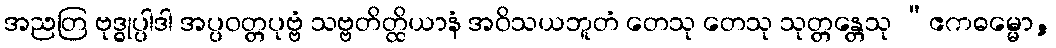
အညတြ ဗုဒ္ဓုပ္ပါဒါ အပ္ပဝတ္တပုဗ္ဗံ သဗ္ဗတိတ္ထိယာနံ အဝိသယဘူတံ တေသု တေသု သုတ္တန္တေသု “ဧကဓမ္မော,